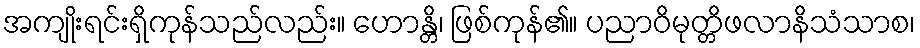
အကျိုးရင်းရှိကုန်သည်လည်း။ ဟောန္တိ၊ ဖြစ်ကုန်၏။ ပညာဝိမုတ္တိဖလာနိသံသာစ၊